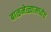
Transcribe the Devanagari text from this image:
बाळमेळ्यामध्येच